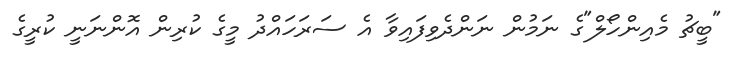
"ބީޗު މެއިންހޯލް"ގެ ނަމުން ނަންދެވިފައިވާ އެ ސަރަހައްދު މީގެ ކުރިން އޮންނަނީ ކުރީގެ